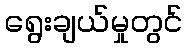
ရွေးချယ်မှုတွင်